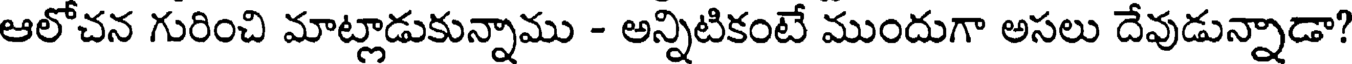
ఆలోచన గురించి మాట్లాడుకున్నాము - అన్నిటికంటే ముందుగా అసలు దేవుడున్నాడా?